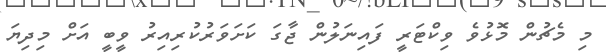
މި މެޗުން މޮޅުވެ ވިކްޓަރީ ފައިނަލުން ޖާގަ ކަށަވަރުކުރިއިރު ވީބީ އަށް މިދިޔަ